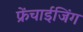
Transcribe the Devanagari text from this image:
फ्रेंचाईजिंग